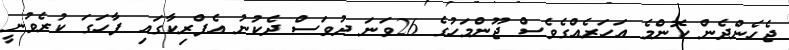
ޖެހެންދެން ކޮންމެ އަހަރެއްގެވެސް ޖޫންމަހުގެ 26ވަނަ ދުވަސް ދެކުނު އެފްރިކާގައި ފާހަގަ ކުރެވުނީ